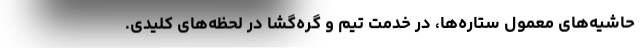
حاشیه‌های معمول ستاره‌ها، در خدمت تیم و گره‌گشا در لحظه‌های کلیدی.